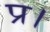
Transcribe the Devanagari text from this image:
प्र।